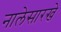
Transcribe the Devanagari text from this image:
नालेसारखे